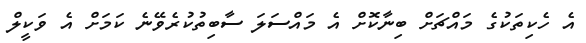
އެ ހެކިތަކުގެ މައްޗަށް ބިނާކޮށް އެ މައްސަލަ ސާބިތުކުރެވޭނެ ކަމަށް އެ ވަކީލް